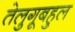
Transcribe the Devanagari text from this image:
तेलुगूबहुल